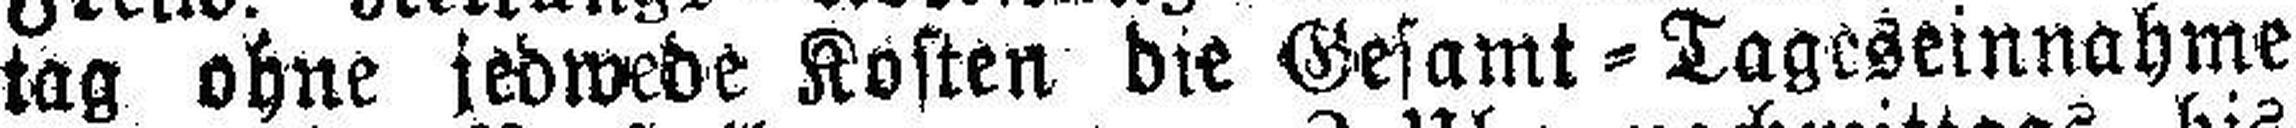
tag ohne jedwede Kosten die Gesamt=Tageseinnahme